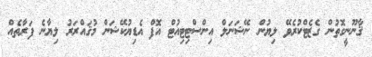
ޤާނޫނީގޮތުން ގެޒެޓްކުރެވޭ ލިޔުން ނޭޝަނަލް އިންސްޓިޓިއުޓް އޮފް އެޑިޔުކޭޝަން މުޤައްރަރު ލިޔާނެ ފަރާތެއް